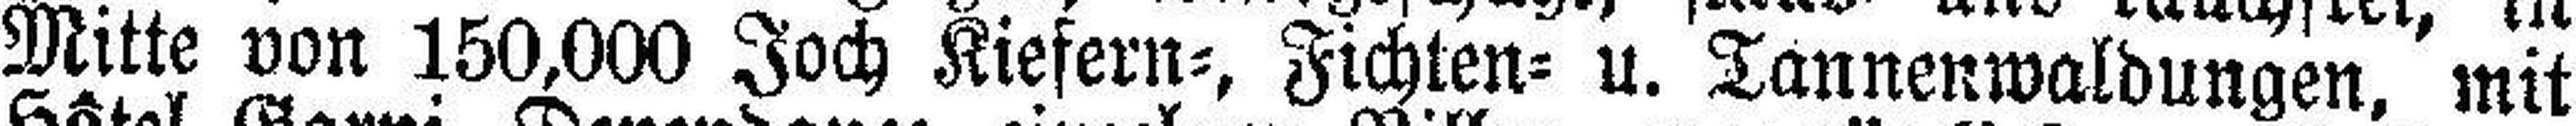
Mitte von 150,000 Joch Kiefern=, Fichten= u. Tannenwaldungen, mit